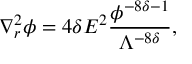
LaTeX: \nabla _ { r } ^ { 2 } \phi = 4 \delta E ^ { 2 } \frac { \phi ^ { - 8 \delta - 1 } } { \Lambda ^ { - 8 \delta } } ,